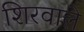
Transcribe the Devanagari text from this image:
शिरवाले